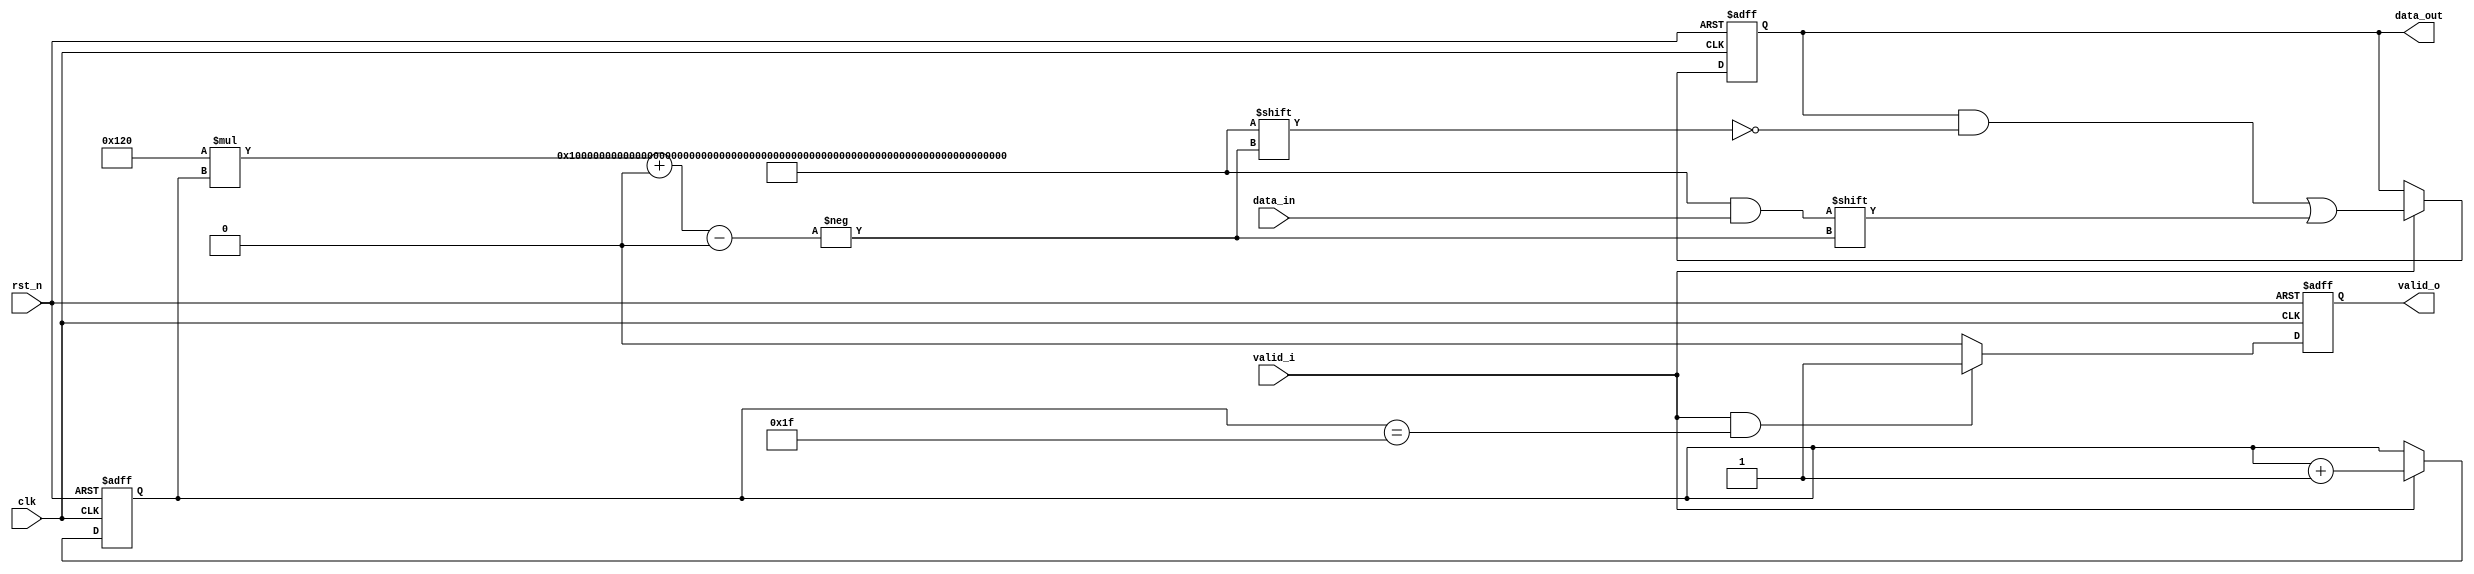
module data_out_reg(
	input clk,
	input rst_n,
	input [8*18*2-1:0] data_in,
	input valid_i,
	output reg [8*18*2*32-1:0] data_out,
	output reg valid_o);

reg [4:0] cnt;

always@(posedge clk or negedge rst_n)begin
	if(!rst_n)cnt <= 0;
	else if(valid_i)cnt <= cnt + 1;
	else cnt <= cnt;
end

always@(posedge clk or negedge rst_n)begin
	if(!rst_n)valid_o <= 0;
	else if(valid_i && cnt == 5'b11111) valid_o <= 1;
	else valid_o <= 0;
end

always@(posedge clk or negedge rst_n)begin
	if(!rst_n)data_out <= 0;
	else if(valid_i)begin
		data_out[8*18*2*cnt +: 8*18*2] <= data_in;
	end
	else data_out <= data_out;
end



endmodule